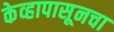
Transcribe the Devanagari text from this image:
केव्हापासूनचा